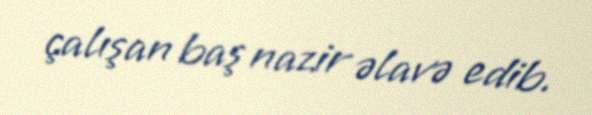
çalışan baş nazir əlavə edib.